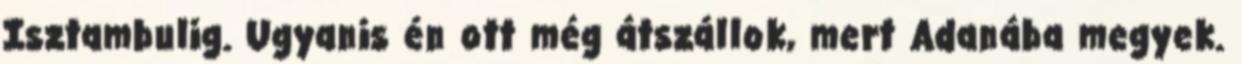
Isztambulig. Ugyanis én ott még átszállok, mert Adanába megyek.